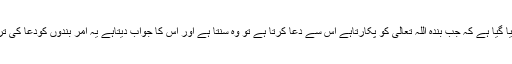
اس آیت میں بتایا گیا ہے کہ جب بندہ اللہ تعالیٰ کو پکارتاہے اس سے دعا کرتا ہے تو وہ سنتا ہے اور اس کا جواب دیتاہے یہ امر بندوں کودعا کی ترغیب دلاتا ہے۔